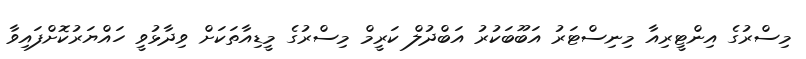
މިސްރުގެ އިންޓީރިއާ މިނިސްޓަރު އަބޫބަކުރު އަބްދުލް ކަރީމް މިސްރުގެ މީޑިއާތަކަށް ވިދާޅުވީ ހައްޔަރުކޮށްފައިވާ